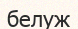
белуж